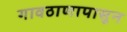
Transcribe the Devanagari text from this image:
गावठाणापासून